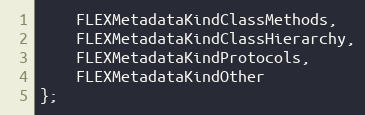
Language: C
    FLEXMetadataKindClassMethods,
    FLEXMetadataKindClassHierarchy,
    FLEXMetadataKindProtocols,
    FLEXMetadataKindOther
};